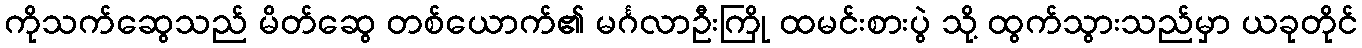
ကိုသက်ဆွေသည် မိတ်ဆွေ တစ်ယောက်၏ မင်္ဂလာဦးကြို ထမင်းစားပွဲ သို့ ထွက်သွားသည်မှာ ယခုတိုင်